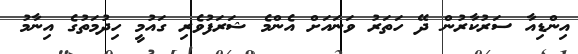
އިންޑިއާ ސަރުކާރުން ދޭ ހަތަރު ވަނައަށް އެންމެ ޝަރަފުވެރި ގައުމީ ހިދުމަތުގެ އިނާމު